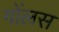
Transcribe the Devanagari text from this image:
गोंलस